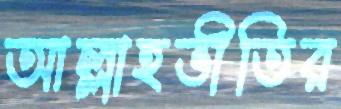
আল্লাহভীতির